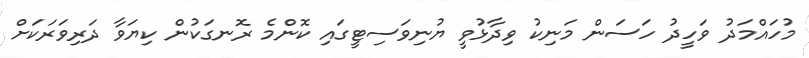
މުހައްމަދު ވަހީދު ހަސަން މަނިކު ވިދާޅުވީ ޔުނިވަސިޓީގައި ކޮންމެ ރޮނގަކުން ކިޔަވާ ދަރިވަރަކަށް